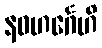
နဝဟင်္ဂေဟိ